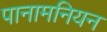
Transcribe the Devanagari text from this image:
पानामनियन